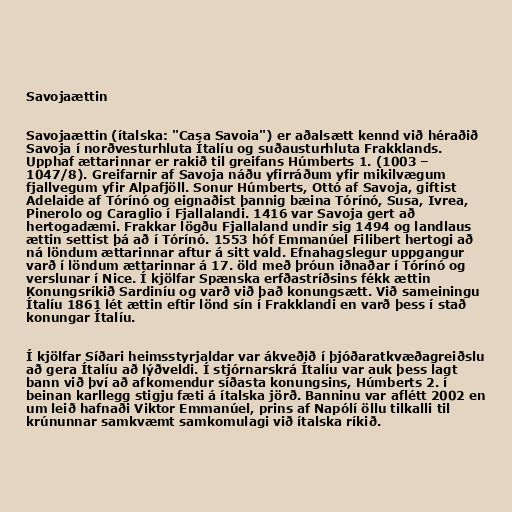
Savojaættin

Savojaættin (ítalska: "Casa Savoia") er aðalsætt kennd við héraðið
Savoja í norðvesturhluta Ítalíu og suðausturhluta Frakklands.
Upphaf ættarinnar er rakið til greifans Húmberts 1. (1003 –
1047/8). Greifarnir af Savoja náðu yfirráðum yfir mikilvægum
fjallvegum yfir Alpafjöll. Sonur Húmberts, Ottó af Savoja, giftist
Adelaide af Tórínó og eignaðist þannig bæina Tórínó, Susa, Ivrea,
Pinerolo og Caraglio í Fjallalandi. 1416 var Savoja gert að
hertogadæmi. Frakkar lögðu Fjallaland undir sig 1494 og landlaus
ættin settist þá að í Tórínó. 1553 hóf Emmanúel Filibert hertogi að
ná löndum ættarinnar aftur á sitt vald. Efnahagslegur uppgangur
varð í löndum ættarinnar á 17. öld með þróun iðnaðar í Tórínó og
verslunar í Nice. Í kjölfar Spænska erfðastríðsins fékk ættin
Konungsríkið Sardiníu og varð við það konungsætt. Við sameiningu
Ítalíu 1861 lét ættin eftir lönd sín í Frakklandi en varð þess í stað
konungar Ítalíu.

Í kjölfar Síðari heimsstyrjaldar var ákveðið í þjóðaratkvæðagreiðslu
að gera Ítalíu að lýðveldi. Í stjórnarskrá Ítalíu var auk þess lagt
bann við því að afkomendur síðasta konungsins, Húmberts 2. í
beinan karllegg stigju fæti á ítalska jörð. Banninu var aflétt 2002 en
um leið hafnaði Viktor Emmanúel, prins af Napólí öllu tilkalli til
krúnunnar samkvæmt samkomulagi við ítalska ríkið.